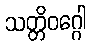
သတ္တိဝဂ္ဂေါ